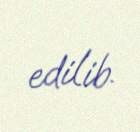
edilib.